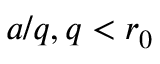
a / q , q < r _ { 0 }